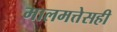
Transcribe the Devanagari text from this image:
मालमत्तेसही